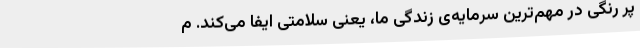
پر رنگی در مهم‌ترین سرمایه‌ی زندگی ما، یعنی سلامتی ایفا می‌کند. م